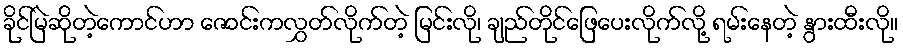
ခိုင်မြဲဆိုတဲ့ကောင်ဟာ ဇောင်းကလွှတ်လိုက်တဲ့ မြင်းလို၊ ချည်တိုင်ဖြေပေးလိုက်လို့ ရမ်းနေတဲ့ နွားထီးလို။